Indian journal of veterinary science and animal husbandry - Volume 7,
Year: 1937
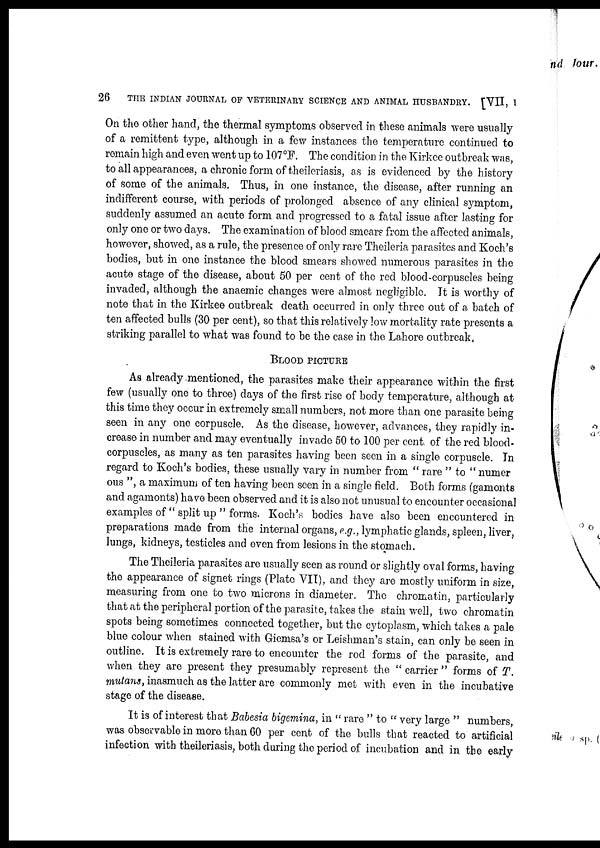
26
THE INDIAN JOURNAL OF VETERINARY SCIENCE AND ANIMAL HUSBANDRY. [VII, I
On the other hand, the thermal symptoms observed in these animals were usually
of a remittent type, although in a few instances the temperature continued to
remain high and even went up to 107°F. The condition in the Kirkee outbreak was,
to all appearances, a chronic form of theileriasis, as is evidenced by the history
of some of the animals. Thus, in one instance, the disease, after running an
indifferent course, with periods of prolonged absence of any clinical symptom,
suddenly assumed an acute form and progressed to a fatal issue after lasting for
only one or two days. The examination of blood smears from the affected animals,
however, showed, as a rule, the presence of only rare Theileria parasites and Koch's
bodies, but in one instance the blood smears showed numerous parasites in the
acute stage of the disease, about 50 per cent of the red blood-corpuscles being
invaded, although the anaemic changes were almost negligible. It is worthy of
note that in the Kirkee outbreak death occurred in only three out of a batch of
ten affected bulls (30 per cent), so that this relatively low mortality rate presents a
striking parallel to what was found to be the case in the Lahore outbreak,
BLOOD PICTURE
As already mentioned, the parasites make their appearance within the first
few (usually one to three) days of the first rise of body temperature, although at
this time they occur in extremely small numbers, not more than one parasite being
seen in any one corpuscle. As the disease, however, advances, they rapidly in-
crease in number and may eventually invade 50 to 100 per cent of the red blood-
corpuscles, as many as ten parasites having been seen in a single corpuscle. In
regard to Koch's bodies, these usually vary in number from " rare " to " numer¬
ous ", a maximum of ten having been seen in a single field. Both forms (gamonts
and agamonts) have been observed and it is also not unusual to encounter occasional
examples of " split up " forms. Koch's bodies have also been encountered in
preparations made from the internal organs, e.g., lymphatic glands, spleen, liver,
lungs, kidneys, testicles and even from lesions in the stomach.
The Theileria parasites are usually seen as round or slightly oval forms, having
the appearance of signet rings (Plate VII), and they are mostly uniform in size,
measuring from one to two microns in diameter. The chromatin, particularly
that at the peripheral portion of the parasite, takes the stain well, two chromatin
spots being sometimes connected together, but the cytoplasm, which takes a pale
blue colour when stained with Giemsa's or Leishman's stain, can only be seen in
outline. It is extremely rare to encounter the rod forms of the parasite, and
when they are present they presumably represent the " carrier " forms of T.
mutans, inasmuch as the latter are commonly met with even in the incubative
stage of the disease.
It is of interest that Babesia bigemina, in " rare " to " very large " numbers,
was observable in more than 60 per cent of the bulls that reacted to artificial
infection with theileriasis, both during the period of incubation and in the early